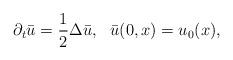
LaTeX: \begin{align*}\partial_t \bar{u}=\frac12\Delta\bar{u}, \ \ \bar{u}(0,x)=u_0(x),\end{align*}